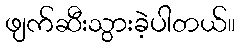
ဖျက်ဆီးသွားခဲ့ပါတယ်။